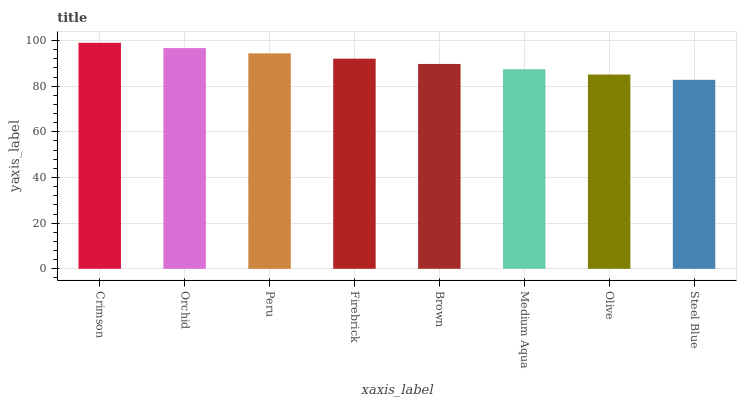
| xaxis_label | bars |
 | --- | --- |
 | Crimson | 99 |
 | Orchid | 96.7 |
 | Peru | 94.4 |
 | Firebrick | 92 |
 | Brown | 89.7 |
 | Medium Aqua | 87.4 |
 | Olive | 85.1 |
 | Steel Blue | 82.8 |